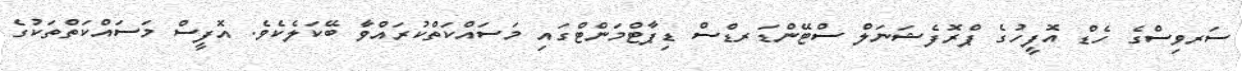
ސަރވިސްގެ ހެޑް އޮފީހުގެ ޕްރޮފެޝަނަލް ސްޓޭންޑަރޑްސް ޑިޕާޓްމަންޓްގައި މަސައްކަތްކުރައްވާ ބޭކަލެކެވެ. އޮފީސް މަސައްކަތްތަކުގެ